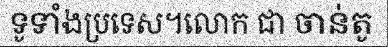
ទូទាំងប្រទេស។លោក ជា ចាន់តូ